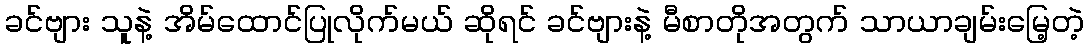
ခင်ဗျား သူနဲ့ အိမ်ထောင်ပြုလိုက်မယ် ဆိုရင် ခင်ဗျားနဲ့ မီစာတိုအတွက် သာယာချမ်းမြေ့တဲ့